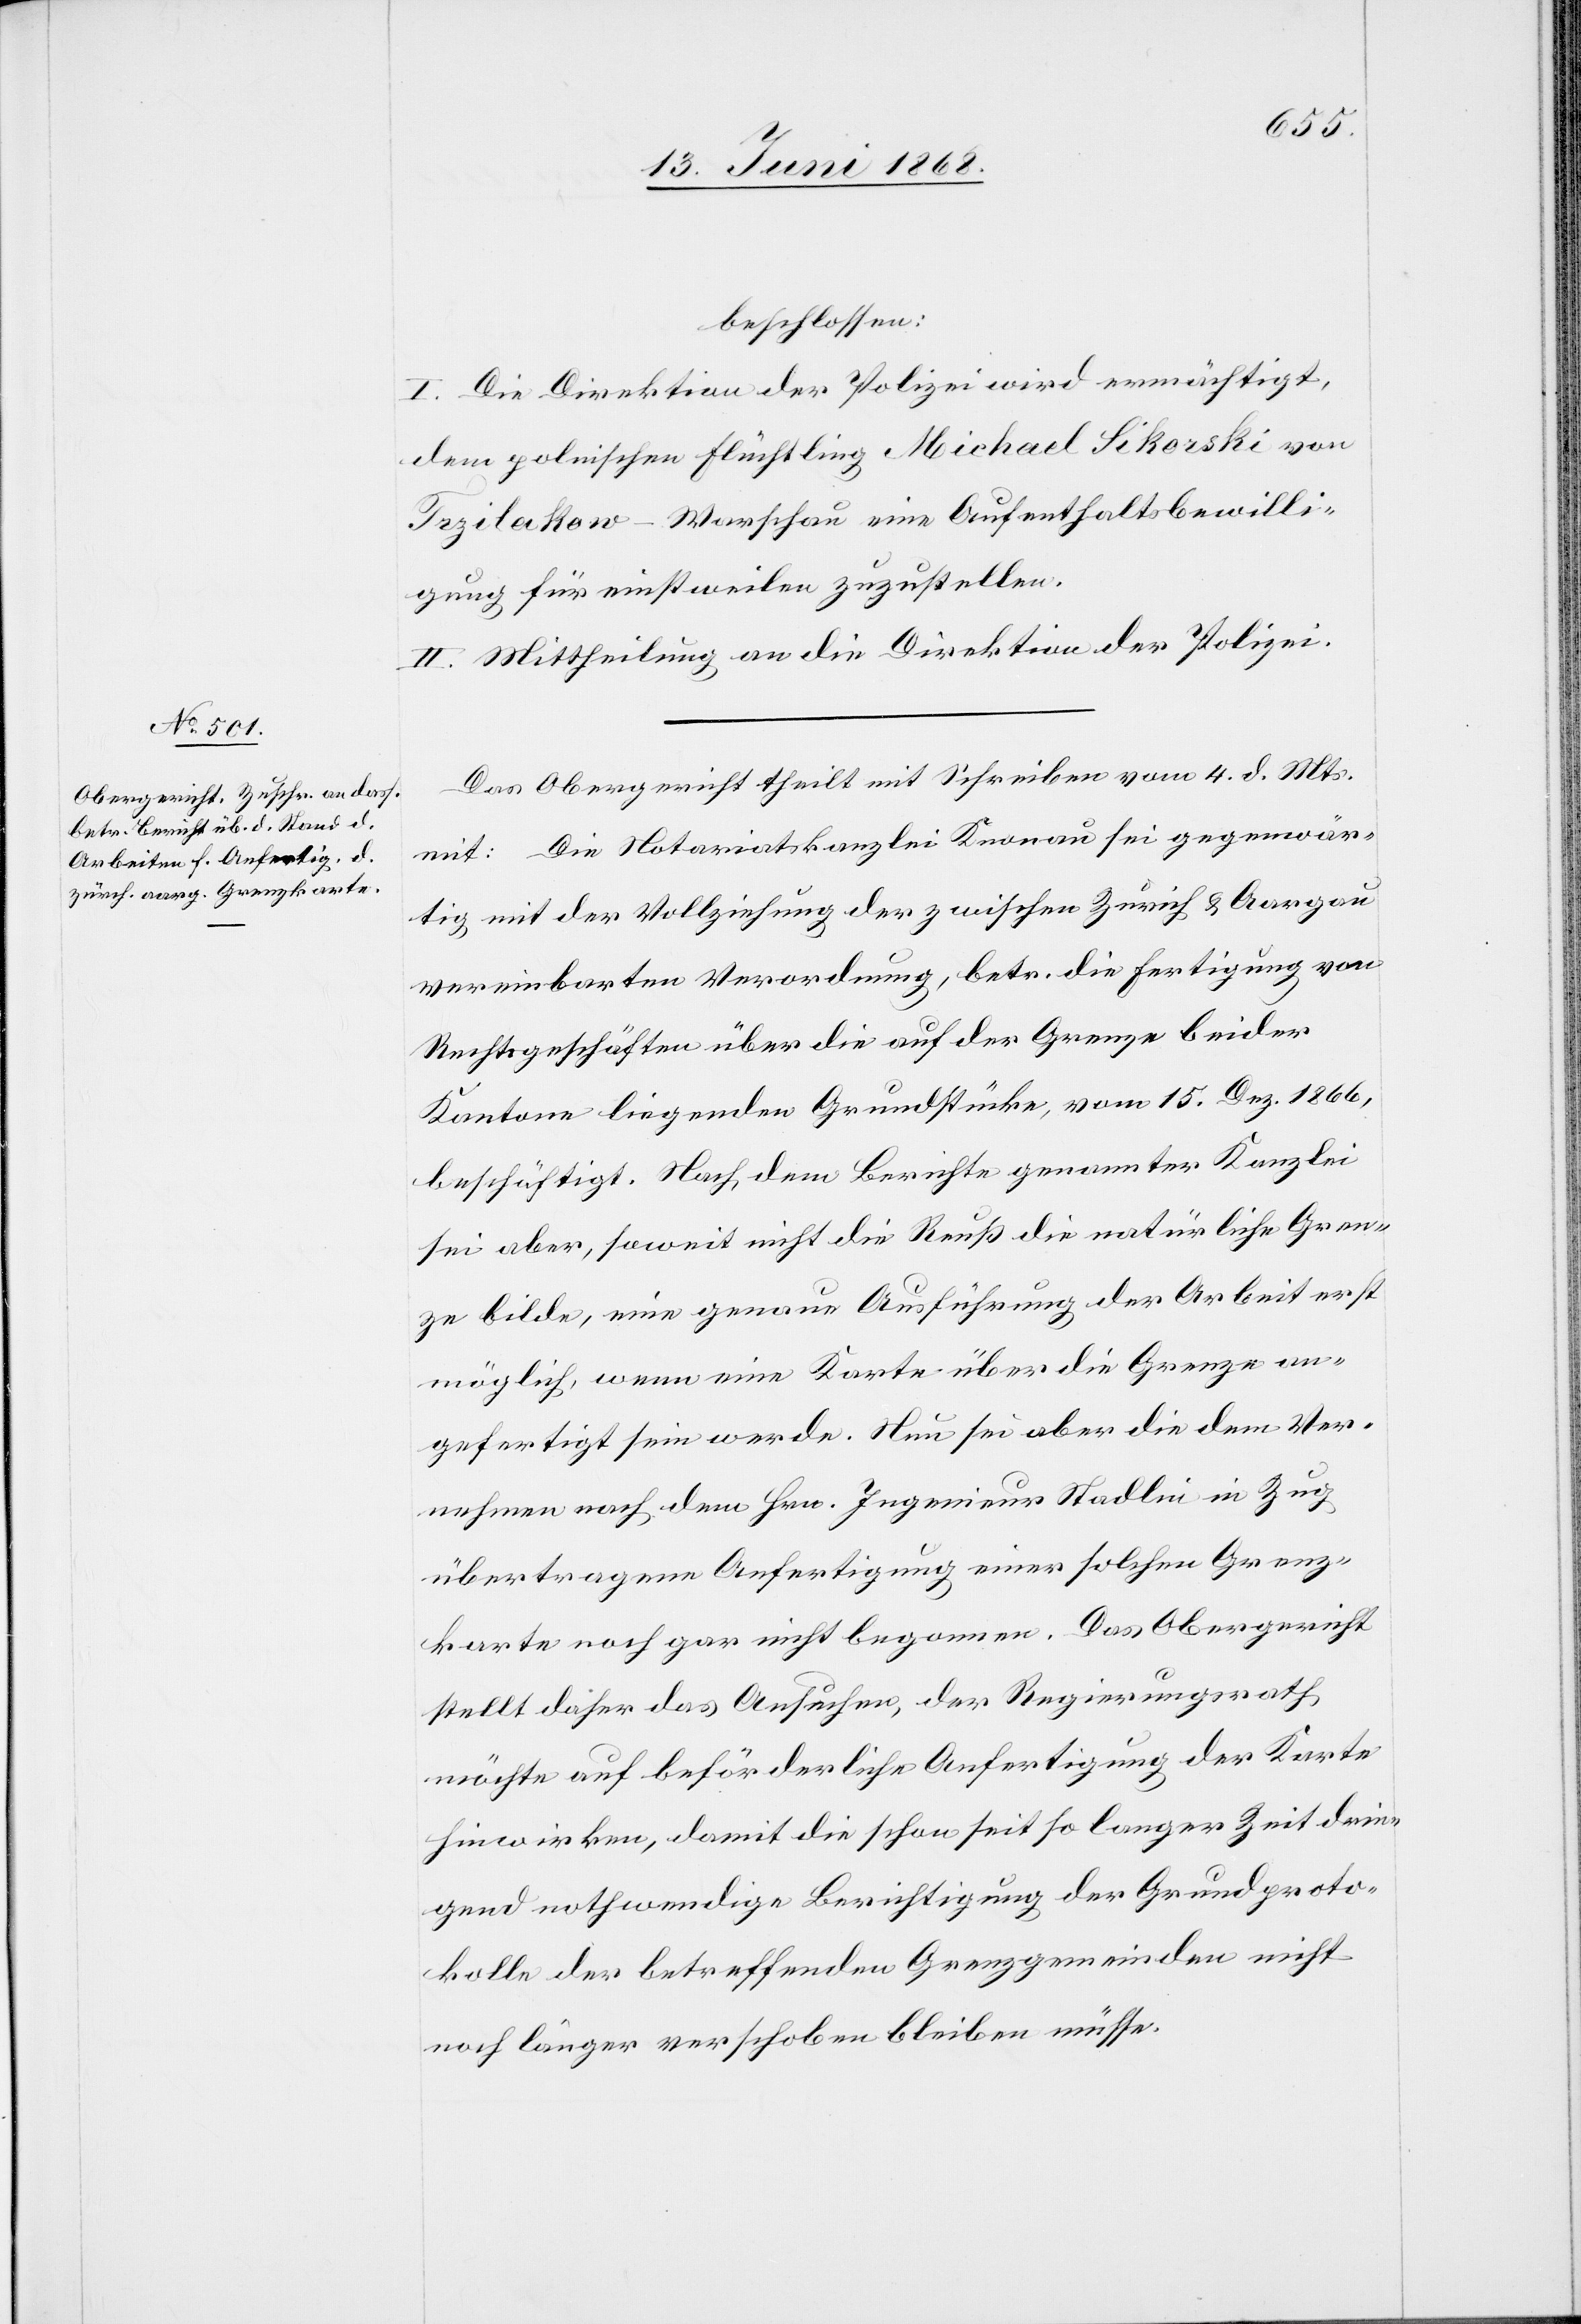
beschlossen:
I. Die Direktion der Polizei wird ermächtigt,
dem polnischen Flüchtling Michael Sikorski von
Trzilakow-Warschau eine Aufenthaltsbewilli¬
gung für einstweilen zuzustellen.
II. Mittheilung an die Direktion der Polizei.
Das Obergericht theilt mit Schreiben vom 4. d. Mts.
mit: Die Notariatskanzlei Knonau sei gegenwär¬
tig mit der Vollziehung der zwischen Zürich & Aargau
vereinbarten Verordnung, betr. die Fertigung von
Rechtsgeschäften über die auf der Grenze beider
Kantone liegenden Grundstücke, vom 15. Dez. 1866,
beschäftigt. Nach dem Berichte genannter Kanzlei
sei aber, soweit nicht die Reuß die natürliche Gren¬
ze bilde, eine genaue Ausführung der Arbeit erst
möglich, wenn eine Karte über die Grenze an¬
gefertigt sein werde. Nun sei aber die dem Ver¬
nehmen nach dem Hrn. Ingenieur Stadlin in Zug
übertragene Anfertigung einer solchen Grenz¬
karte noch gar nicht begonnen. Das Obergericht
stellt daher das Ansuchen, der Regierungsrath
möchte auf beförderliche Anfertigung der Karte
hinwirken, damit die schon seit so langer Zeit drin¬
gend nothwendige Berichtigung der Grundproto¬
kolle der betreffenden Grenzgemeinden nicht
noch länger verschoben bleiben müsse.